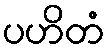
ပဟိတံ